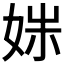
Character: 𫰩